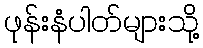
ဖုန်းနံပါတ်များသို့